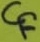
Text: CF